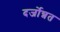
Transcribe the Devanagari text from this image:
दर्जोन्नत